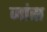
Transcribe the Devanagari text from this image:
जांस